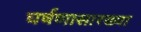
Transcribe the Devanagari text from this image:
घर्षणासारख्या